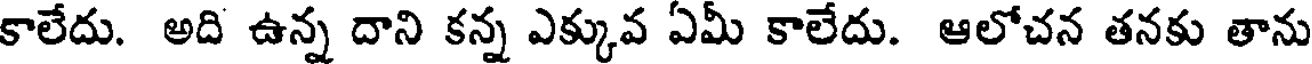
కాలేదు. అది ఉన్న దాని కన్న ఎక్కువ ఏమీ కాలేదు. ఆలోచన తనకు తాను